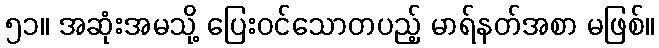
၅၁။ အဆုံးအမသို့ ပြေးဝင်သောတပည့် မာရ်နတ်အစာ မဖြစ်။